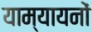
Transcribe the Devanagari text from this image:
याम्यायनों